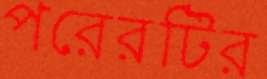
পরেরটির